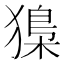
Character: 𤡔